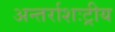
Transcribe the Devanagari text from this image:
अन्तर्राशःट्रीय